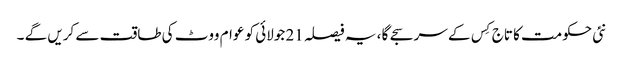
نئی حکومت کا تاج کِس کے سر سجے گا ، یہ فیصلہ 21 جولائی کو عوام ووٹ کی طاقت سے کریں گے ۔